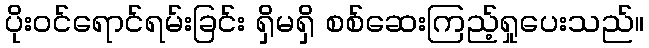
ပိုးဝင်ရောင်ရမ်းခြင်း ရှိမရှိ စစ်ဆေးကြည့်ရှုပေးသည်။